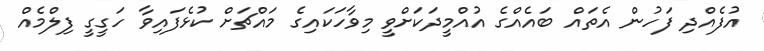
އުފެއްދި ފަހުން އެތައް ބައެއްގެ އުއްމީދަކަށްވީ މިވާހަކައިގެ މައްޗަށް ކުޅެފައިވާ ހަގީގީ ފިލްމެއް